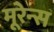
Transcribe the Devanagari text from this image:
मूरेन्स